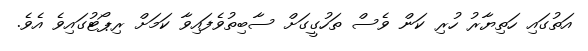
އަތުގައި ހަތިޔާރު ހުރި ކަން ވެސް ތަހުގީގަށް ސާބިތުވެފައިވާ ކަމަށް ރިޕޯޓުގައިވެ އެވެ.